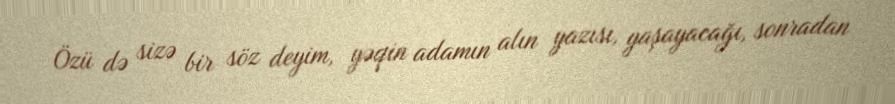
Özü də sizə bir söz deyim, yəqin adamın alın yazısı, yaşayacağı, sonradan